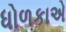
ધોળકાએ